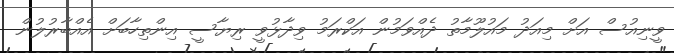
ވީނިއުސް އަށް މިއަދު މައުލޫމާތު ދެއްވަމުން އަކްރަމު ވިދާޅުވީ ރިޔާސީ އިންތިހާބަށް އެއްބާރުލުން